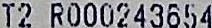
T2 R000243654